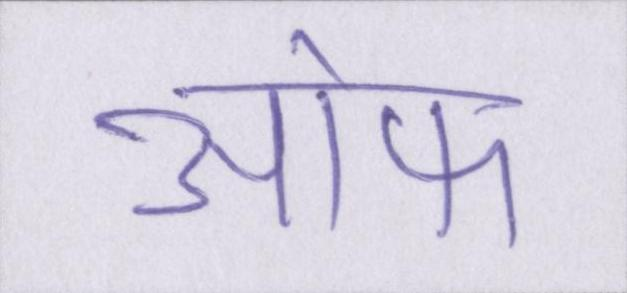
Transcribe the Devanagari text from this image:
आ॓फ